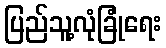
ပြည်သူ့လုံခြုံရေး